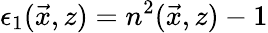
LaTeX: \epsilon_{1}(\vec{x},z)=n^{2}(\vec{x},z)-1